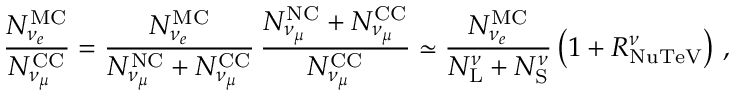
\frac { N _ { \nu _ { e } } ^ { \mathrm { M C } } } { N _ { \nu _ { \mu } } ^ { \mathrm { C C } } } = \frac { N _ { \nu _ { e } } ^ { \mathrm { M C } } } { N _ { \nu _ { \mu } } ^ { \mathrm { N C } } + N _ { \nu _ { \mu } } ^ { \mathrm { C C } } } \, \frac { N _ { \nu _ { \mu } } ^ { \mathrm { N C } } + N _ { \nu _ { \mu } } ^ { \mathrm { C C } } } { N _ { \nu _ { \mu } } ^ { \mathrm { C C } } } \simeq \frac { N _ { \nu _ { e } } ^ { \mathrm { M C } } } { N _ { \mathrm { L } } ^ { \nu } + N _ { \mathrm { S } } ^ { \nu } } \left( 1 + R _ { \mathrm { N u T e V } } ^ { \nu } \right) \, ,